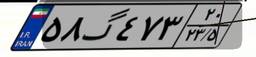
۵۱گ۳۶۸۱۲